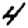
Digit: 4